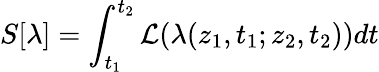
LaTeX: S[\lambda]=\int_{t_{1}}^{t_{2}}{\cal{L}}(\lambda(z_{1},t_{1};z_{2},t_{2}))dt